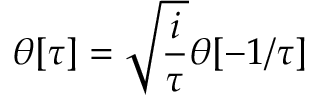
\theta [ \tau ] = \sqrt { \frac { i } { \tau } } \theta [ - 1 / \tau ]